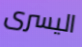
اليسرى